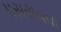
પસરાવવા